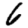
Digit: 6